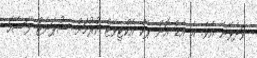
ވަދެވޭނެ އެވެ. އެ އެޑް އޮން ޕެކް އެކްޓިވޭޓް ކުރުމަށް ސުޕަނެޓް ފަސޭހަ